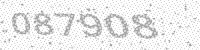
Solution: 087908